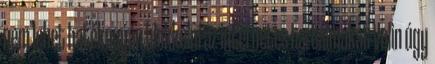
nem lehet hatékonyan blokkolni az internetes tartalmakat Volin úgy